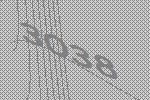
3038